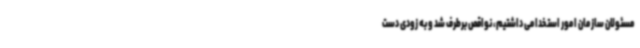
مسئولان سازمان امور استخدامی داشتیم، نواقص برطرف شد و به زودی دست